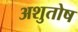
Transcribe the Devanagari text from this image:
अशुतोष